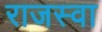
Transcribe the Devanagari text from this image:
राजस्वा